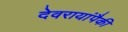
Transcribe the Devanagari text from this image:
देवरायांपैकी